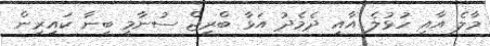
މާލެ އާއި ހުޅުލެ އާއި ދެމެދު އަޅާ ބްރިޖް ސުނާމީ ބިނާ ކައިރިން